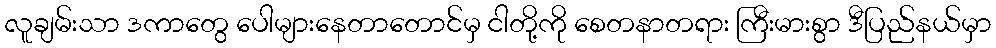
လူချမ်းသာ ဒကာတွေ ပေါများနေတာတောင်မှ ငါတို့ကို စေတနာတရား ကြီးမားစွာ ဒီပြည်နယ်မှာ